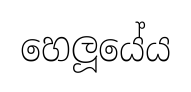
හෙලූයේය